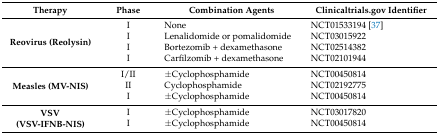
| Therapy | Phase | Combination Agents | Clinicaltrials.gov Identifier |
 | --- | --- | --- | --- |
 | <ROWSPAN=4> Reovirus (Reolysin) | I | None | NCT01533194 [37] |
 | I | Lenalidomide or pomalidomide | NCT03015922 |
 | I | Bortezomib + dexamethasone | NCT02514382 |
 | I | Carfilzomib + dexamethasone | NCT02101944 |
 | <ROWSPAN=3> Measles (MV-NIS) | I/II | ±Cyclophosphamide | NCT00450814 |
 | II | Cyclophosphamide | NCT02192775 |
 | I | ±Cyclophosphamide | NCT00450814 |
 | <ROWSPAN=2> VSV (VSV-IFNB-NIS) | I | ±Cyclophosphamide | NCT03017820 |
 | I | ±Cyclophosphamide | NCT00450814 |